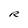
Character: R